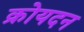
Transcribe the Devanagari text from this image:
क्रोयदन